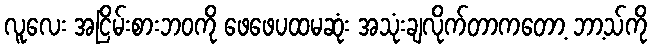
လူလေး အငြိမ်းစားဘဝကို ဖေဖေပထမဆုံး အသုံးချလိုက်တာကတော့ ဘာ့သ်ကို